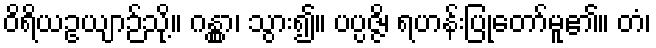
ဝိရိယဥယျာဉ်သို့။ ဂန္တွာ၊ သွား၍။ ပပ္ပဇ္ဇိ၊ ရဟန်းပြုတော်မူ၏။ တံ၊